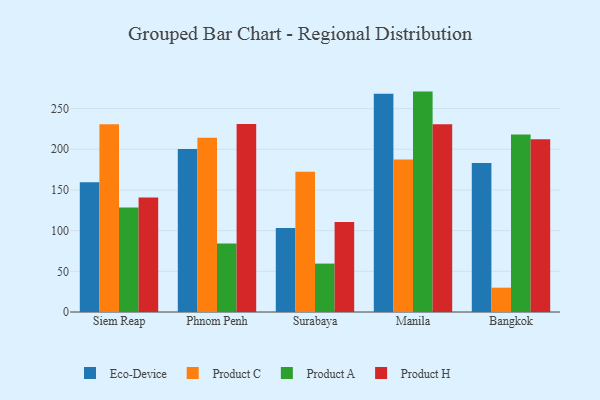
{"axis": {"x": "City", "y": "Inventory Turnover"}, "legend": ["Eco-Device", "Product A", "Product C", "Product H"], "data": [{"x": "Siem Reap", "y": 159.6, "type": "Eco-Device"}, {"x": "Siem Reap", "y": 230.7, "type": "Product C"}, {"x": "Siem Reap", "y": 128.3, "type": "Product A"}, {"x": "Siem Reap", "y": 140.8, "type": "Product H"}, {"x": "Phnom Penh", "y": 200.2, "type": "Eco-Device"}, {"x": "Phnom Penh", "y": 214.1, "type": "Product C"}, {"x": "Phnom Penh", "y": 84.3, "type": "Product A"}, {"x": "Phnom Penh", "y": 231.0, "type": "Product H"}, {"x": "Surabaya", "y": 103.2, "type": "Eco-Device"}, {"x": "Surabaya", "y": 172.5, "type": "Product C"}, {"x": "Surabaya", "y": 59.5, "type": "Product A"}, {"x": "Surabaya", "y": 110.5, "type": "Product H"}, {"x": "Manila", "y": 268.4, "type": "Eco-Device"}, {"x": "Manila", "y": 187.4, "type": "Product C"}, {"x": "Manila", "y": 270.9, "type": "Product A"}, {"x": "Manila", "y": 230.8, "type": "Product H"}, {"x": "Bangkok", "y": 183.2, "type": "Eco-Device"}, {"x": "Bangkok", "y": 29.9, "type": "Product C"}, {"x": "Bangkok", "y": 218.1, "type": "Product A"}, {"x": "Bangkok", "y": 212.4, "type": "Product H"}]}